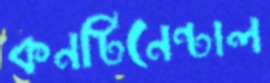
কনটিনেন্টাল